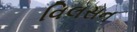
વિલસન